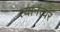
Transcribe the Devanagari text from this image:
त्यानंत्यर